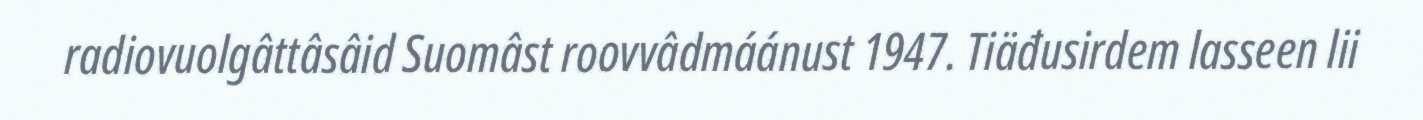
radiovuolgâttâsâid Suomâst roovvâdmáánust 1947. Tiäđusirdem lasseen lii